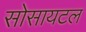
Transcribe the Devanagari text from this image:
सोसायटल